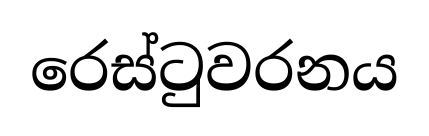
රෙස්ටුවරනය